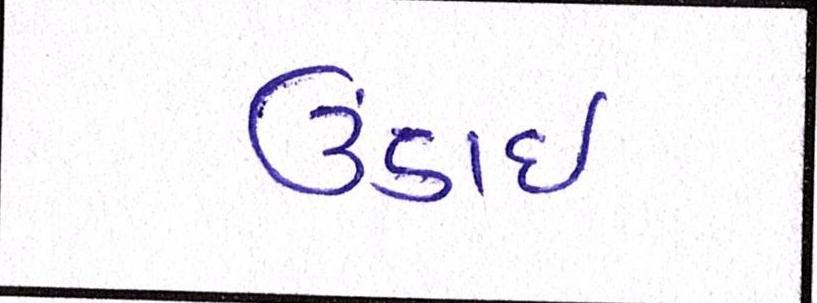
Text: ઉંડાઈ